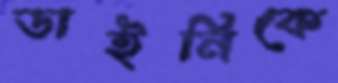
ডাইনিকে